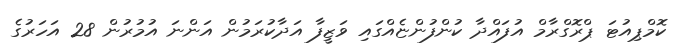
ކޮމްޕިއުޓަ ޕްރޮގްރާމް އުފައްދާ ކުންފުންޏެއްގައި ވަޒީފާ އަދާކުރަމުން އަންނަ އުމުރުން 28 އަހަރުގެ